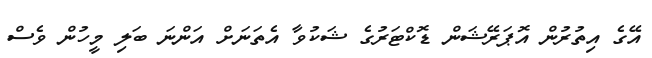
އޭގެ އިތުރުން އޮޕަރޭޝަން ޑޮކްޓަރުގެ ޝަކުވާ އެތަނަށް އަންނަ ބަލި މީހުން ވެސް